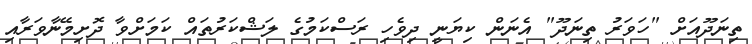
ތިނަދޫއަށް "ހަވަރު ތިނަދޫ" އެނަން ކިޔަނީ ދިވެހި ރަސްކަމުގެ ލަޝްކަރުތައް ކަމަށްވާ ދޮށިމޭނާވަރާއި